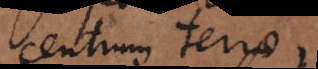
centrum terrae,